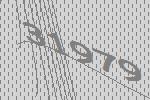
31979